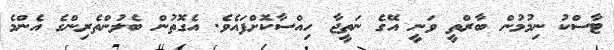
ޓާސްކު ނިމުމުން ބާރްތީ ވަނީ އޭގެ ނަތީޖާ ހިއްސާކޮށްފައެވެ. އެގޮތުން ބެލުންތެރިންގެ އެންމެ